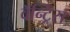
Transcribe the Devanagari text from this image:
वॅन्ट्रिस